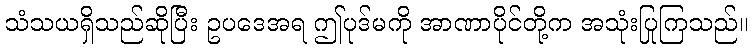
သံသယရှိသည်ဆိုပြီး ဥပဒေအရ ဤပုဒ်မကို အာဏာပိုင်တို့က အသုံးပြုကြသည်။